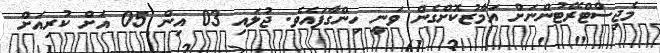
މެޖިސްޓްރޭޓުންނަށް އަމާޒުކޮށްގެން ވަނީ ހިންގާފައެވެ. ޖުލައި 03 އިން 05 އަށް ކުރިއަށް